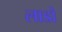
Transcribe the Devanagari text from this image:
लाडों